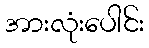
အားလုံးပေါင်း